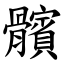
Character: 髕